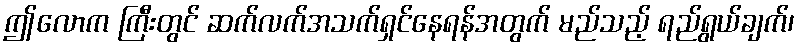
ဤလောက ကြီးတွင် ဆက်လက်အသက်ရှင်နေရန်အတွက် မည်သည့် ရည်ရွယ်ချက်၊